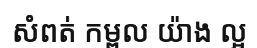
សំពត់ កម្ពល យ៉ាង ល្អ